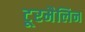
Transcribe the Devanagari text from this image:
टूरमैलिन